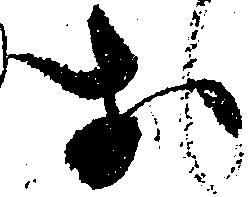
於